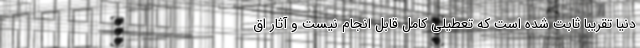
دنیا تقریبا ثابت شده است که تعطیلی کامل قابل انجام نیست و آثار اق